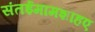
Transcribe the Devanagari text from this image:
संतईमामशाहए